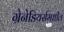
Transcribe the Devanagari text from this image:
ग्रेनेडियर्समधील